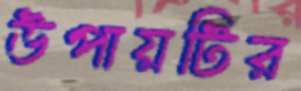
উপায়টির